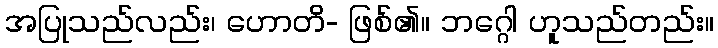
အပြုသည်လည်း၊ ဟောတိ- ဖြစ်၏။ ဘဂ္ဂေါ ဟူသည်တည်း။